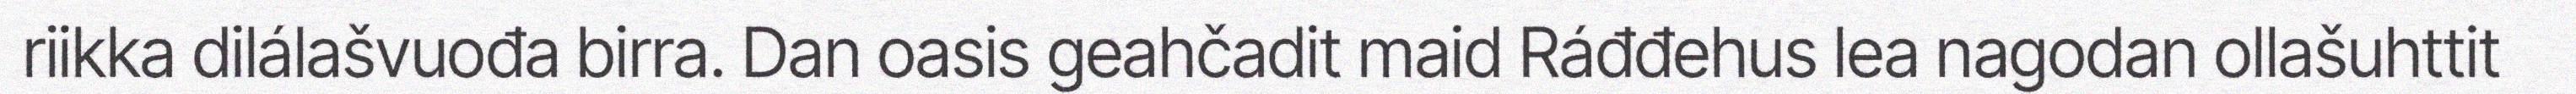
riikka dilálašvuođa birra. Dan oasis geahčadit maid Ráđđehus lea nagodan ollašuhttit